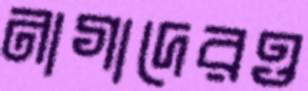
নাগাদেরও